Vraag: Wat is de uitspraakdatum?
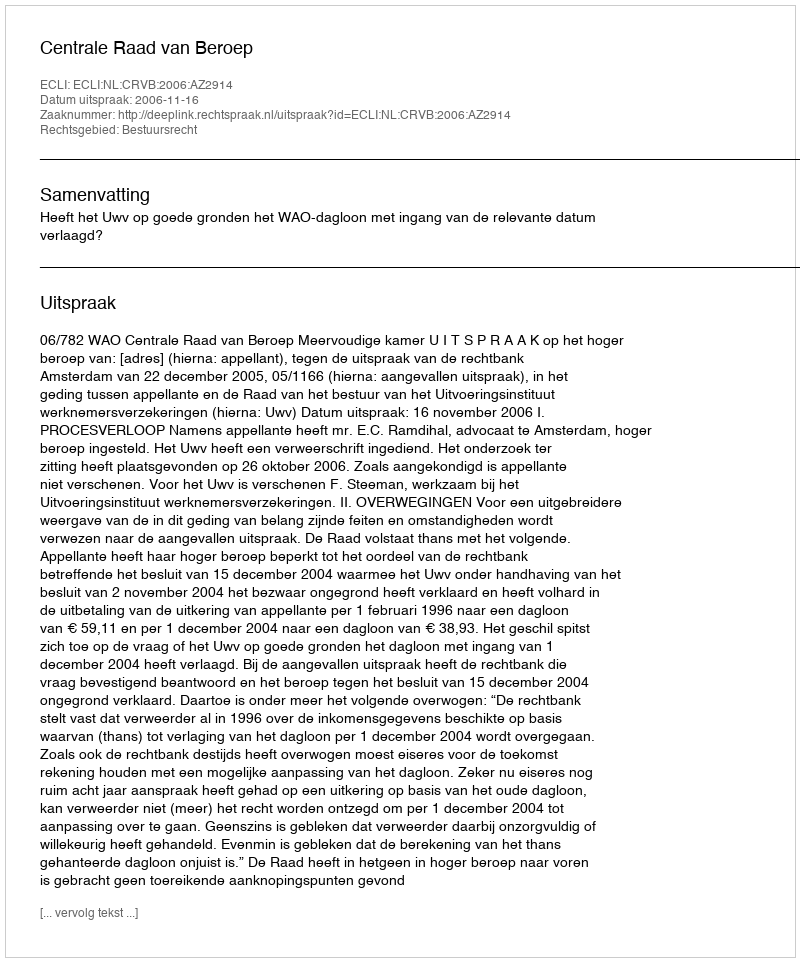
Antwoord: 2006-11-16